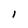
Character: I